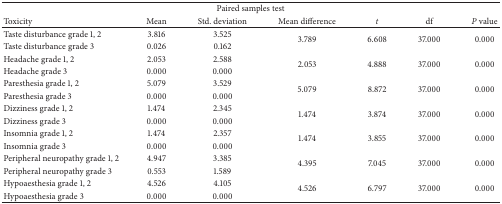
<table><thead><tr><td colspan="7"><b>Paired samples test</b></td></tr><tr><td><b>Toxicity</b></td><td><b>Mean</b></td><td><b>Std. deviation</b></td><td><b>Mean difference</b></td><td><b><i>t </i></b></td><td><b>df</b></td><td><b><i>P </i>value </b></td></tr></thead><tbody><tr><td>Taste disturbance grade 1, 2</td><td>3.816</td><td>3.525</td><td rowspan="2">3.789</td><td rowspan="2">6.608</td><td rowspan="2">37.000</td><td rowspan="2">0.000</td></tr><tr><td>Taste disturbance grade 3</td><td>0.026</td><td>0.162</td></tr><tr><td>Headache grade 1, 2</td><td>2.053</td><td>2.588</td><td rowspan="2">2.053</td><td rowspan="2">4.888</td><td rowspan="2">37.000</td><td rowspan="2">0.000</td></tr><tr><td>Headache grade 3</td><td>0.000</td><td>0.000</td></tr><tr><td>Paresthesia grade 1, 2</td><td>5.079</td><td>3.529</td><td rowspan="2">5.079</td><td rowspan="2">8.872</td><td rowspan="2">37.000</td><td rowspan="2">0.000</td></tr><tr><td>Paresthesia grade 3</td><td>0.000</td><td>0.000</td></tr><tr><td>Dizziness grade 1, 2</td><td>1.474</td><td>2.345</td><td rowspan="2">1.474</td><td rowspan="2">3.874</td><td rowspan="2">37.000</td><td rowspan="2">0.000</td></tr><tr><td>Dizziness grade 3</td><td>0.000</td><td>0.000</td></tr><tr><td>Insomnia grade 1, 2</td><td>1.474</td><td>2.357</td><td rowspan="2">1.474</td><td rowspan="2">3.855</td><td rowspan="2">37.000</td><td rowspan="2">0.000</td></tr><tr><td>Insomnia grade 3</td><td>0.000</td><td>0.000</td></tr><tr><td>Peripheral neuropathy grade 1, 2</td><td>4.947</td><td>3.385</td><td rowspan="2">4.395</td><td rowspan="2">7.045</td><td rowspan="2">37.000</td><td rowspan="2">0.000</td></tr><tr><td>Peripheral neuropathy grade 3</td><td>0.553</td><td>1.589</td></tr><tr><td>Hypoaesthesia grade 1, 2</td><td>4.526</td><td>4.105</td><td rowspan="2">4.526</td><td rowspan="2">6.797</td><td rowspan="2">37.000</td><td rowspan="2">0.000</td></tr><tr><td>Hypoaesthesia grade 3</td><td>0.000</td><td>0.000</td></tr></tbody></table>